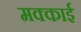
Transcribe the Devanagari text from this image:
मक्काई